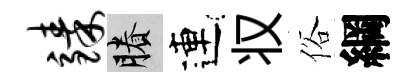
臻賸連𠬧俗綱